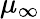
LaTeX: \mu_{\infty}